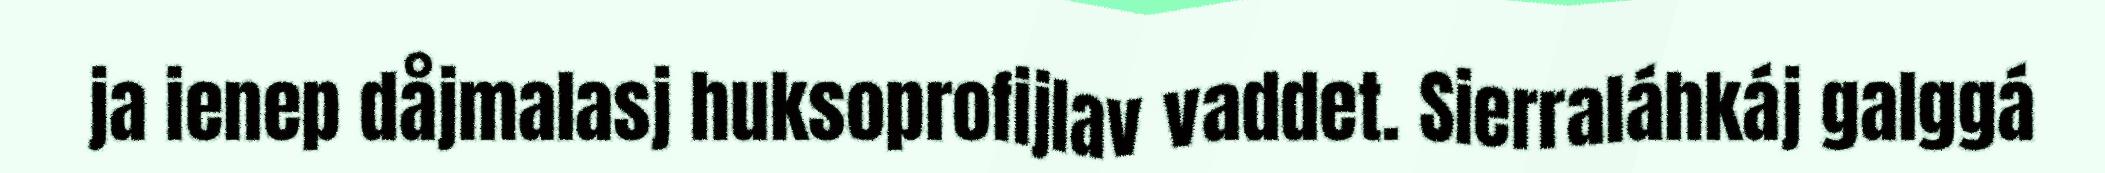
ja ienep dåjmalasj huksoprofijlav vaddet. Sierraláhkáj galggá